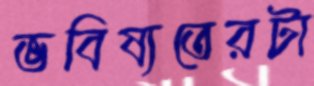
ভবিষ্যতেরটা